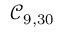
\mathcal { C } _ { 9 , 3 0 }